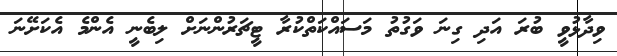
ވިދާޅުވީ ބުރަ އަދި ގިނަ ވަގުތު މަސައްކަތްކުރާ ޓީޗަރުންނަށް ލިބެނީ އެންމެ އެކަށޭނަ